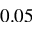
0 . 0 5